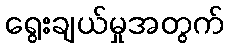
ရွေးချယ်မှုအတွက်